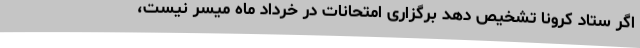
اگر ستاد کرونا تشخیص دهد برگزاری امتحانات در خرداد ماه میسر نیست،